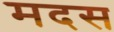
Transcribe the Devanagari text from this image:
मदस